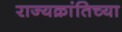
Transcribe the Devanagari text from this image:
राज्यक्रांतिच्या